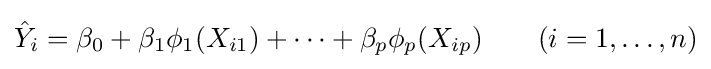
{\hat {Y}}_{i}=\beta _{0}+\beta _{1}\phi _{1}(X_{i1})+\cdots +\beta _{p}\phi _{p}(X_{ip})\qquad (i=1,\ldots ,n)